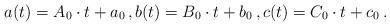
LaTeX: \begin{align*}a(t)= A_0\cdot t + a_0\,,b(t)= B_0\cdot t +b_0 \,,c(t)=C_0\cdot t +c_0\,.\end{align*}